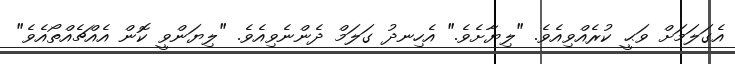
އެގަލަމަށް ވަޙީ ކުރެއްވިއެވެ. "ލިޔާށެވެ." އެހިނދު ގަލަމް ދެންނެވިއެވެ. "ލިޔަންވީ ކޮން އެއްޗެއްތޯއެވެ"